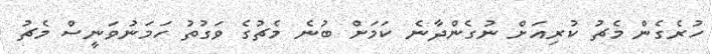
ހުރެގެން މެޗު ކުރިއަށް ނުގެންދާނެ ކަމަށް ބުނެ މެޗުގެ ވަގުތު ހަމަނުވަނީސް މެޗު